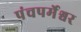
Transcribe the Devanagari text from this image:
पंचपर्मेश्वर